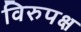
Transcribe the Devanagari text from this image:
विरुपक्ष